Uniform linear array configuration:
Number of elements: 24
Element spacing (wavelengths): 1
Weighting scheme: binomial
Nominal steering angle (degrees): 45
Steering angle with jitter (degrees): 44.418
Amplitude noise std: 0.05
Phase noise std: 0.05

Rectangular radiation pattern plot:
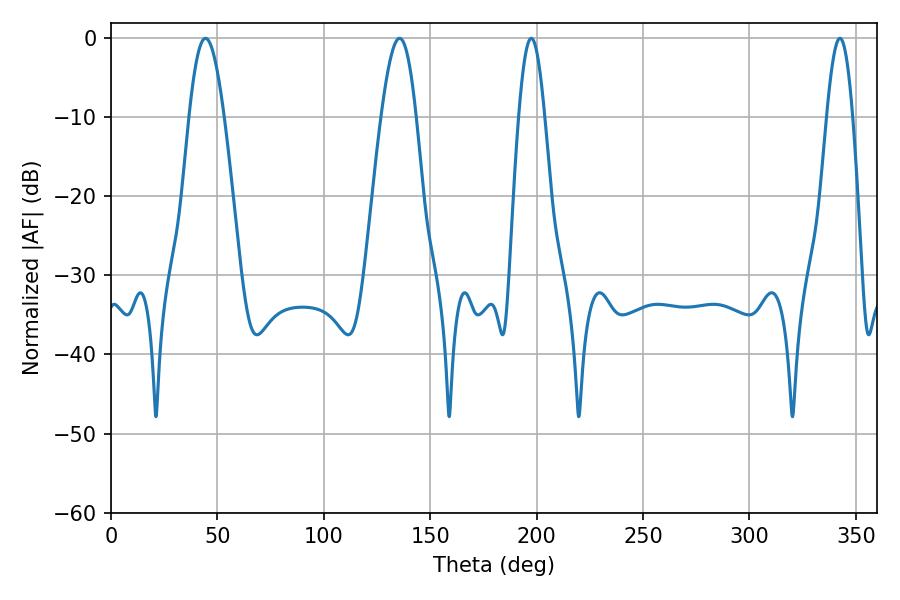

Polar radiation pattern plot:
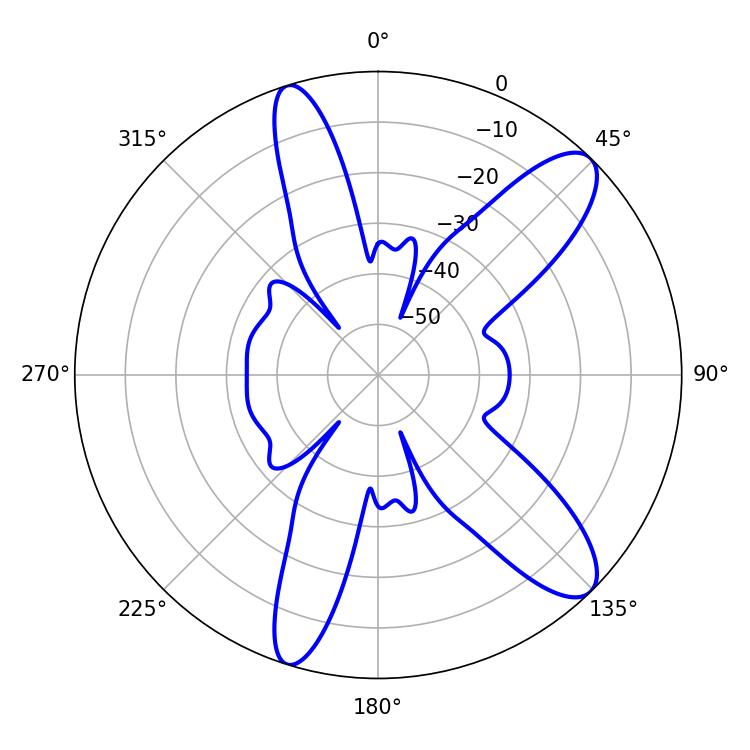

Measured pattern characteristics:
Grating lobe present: TRUE
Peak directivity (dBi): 10.946
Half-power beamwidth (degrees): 6.66
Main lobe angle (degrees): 197.46